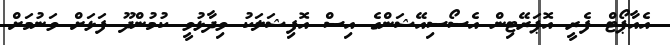
އެއާޕޯޓް ފެރީ އޮޕަރޭޓިން އެސޯސިއޭޝަންގެ އިސް އޮފިޝަލަކު ވިދާޅުވީ ކުމުންދޫ ފަޅަށް ވަނުމަށް